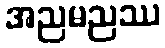
အညမညဿ